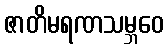
ဇာတိမရဏသမ္ဘဝေ